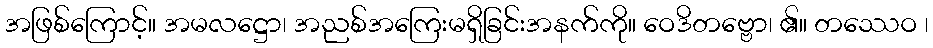
အဖြစ်ကြောင့်။ အမလဋ္ဌော၊ အညစ်အကြေးမရှိခြင်းအနက်ကို။ ဝေဒိတဗ္ဗော၊ ၏။ တဿေဝ ၊